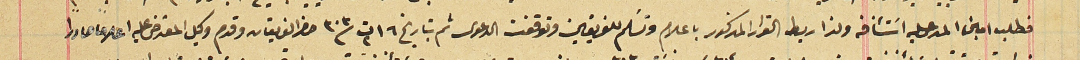
فطلب امين المدعى عليه استئنافه ولذا ربط القرار المذكور باعلام وتسَلم للفريقين وتوقفت الدعوى ثم بتاريخ ١٦ ت٢ ٣٠٣ حضر الفريقان وقدم وكيل المعترض عليه اعلاما صادراً